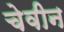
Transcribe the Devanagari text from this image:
चेवीन